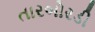
તારબોરડી